Materia medica of Madras volume I
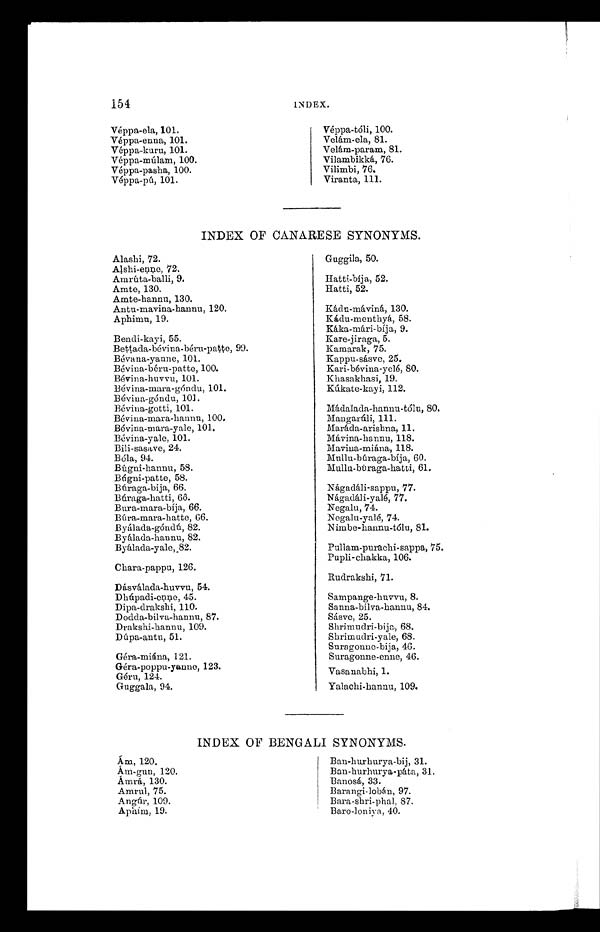
154
INDEX.
Véppa-ela, 101.
Véppa-enna, 101.
Véppa-kuru, 101.
Véppa-múlam, 100.
Véppa-pasha, 100.
Véppa-pú, 101.
Véppa-tóli, 100.
Velám-ela, 81.
Velám-param, 81.
Vilambikká, 76.
Vilimbi, 76.
Viranta, 111.
Ám, 120.
Ám-gun, 120.
Ámrá, 130.
Amrul, 75.
Angúr, 109.
Aphím, 19.
Ban-hurhurya-bij, 31.
Ban-hurhurya-páta, 31.
Banosá, 33.
Barangi-lobán, 97.
Bara-shri-phal, 87.
Baro-loniya, 40.
INDEX OF CANARESE SYNONYMS.
Alashi, 72.
Alshi-enne, 72.
Amr út a - ba l l i , 9.
Amte, 130.
Amte-hannu, 130.
Antu-mavina-hannu, 120.
Aphimu, 19.
Bendi-kayi, 55.
Beţţada-bévina-béru-pa ţţe, 99.
Bévana-yanne, 101.
Bévina-béru-paţţe, 100.
Bévina-huvvu, 101.
Bévina-mara-góndu, 101.
Bévina-góndu, 101.
Bévina-gotti, 101.
Bévina-mara-hannu, 100.
Bévina-mara-yale, 101.
Bévina-ya1e, 101.
Bili-sasave, 24.
Bóla, 94.
Búgni-hannu, 58.
Búgni-patte, 58.
Búraga-bija, 66.
Búraga-hatti, 6ô.
Bura-mara-bíja, 66.
Búra-mara-hatte, 66.
Byálada-góndú, 82.
Byálada-hannu, 82.
Byálada-yale, 82.
Chara-pappu, 126.
Dásválada-huvvu, 54.
Dhúpadi-enne, 45.
Dipa-drakshi, 110.
Dodda-bilva-hannu, 87.
Drakshi-hannu, 109.
Dúpa-antu, 51.
Géra-miána, 121.
Géra-poppu-yanne, 123.
Géru, 124.
Guggala, 94.
Guggila, 50.
Hatti-bíja, 52.
Hatti, 52.
Kádu-máviná, 130.
Kádu-menthyá, 58.
Káka-mári-bíja, 9.
Kare-jiraga, 5.
Kamarak, 75.
Kappu-sásve, 25.
Kari-bévina-yelé, 80.
Khasakhasi, 19.
Kúkate-kayi, 112.
Mádalada-hannu-tólu, 80.
Mangarúli, 111.
Maráda-arishna, 11.
Mávina-hannu, 118.
Mavina-miána, 118.
Mullu-búraga-bíja, 60.
Mullu-búraga-hatti, 61.
Nágadáli-sappu, 77.
Nágadáli-yalé, 77.
Negalu, 74.
Negalu-yalé, 74.
Nimbe-hannu-tólu, 81.
Pullam-purachi-sappa, 75.
Pupli-chakka, 106.
Rudrakshi, 71.
Sampange-huvvu, 8.
Sanna-bilva-hannu, 84.
Sásve, 25.
Shrimudri-bija, 68.
Shrimudri-yale, 68.
Suragonne-bija, 46.
Suragonne-enne, 46.
Vasanabhi, 1.
Yalachi-hannu, 109.
INDEX OF BENGALI SYNONYMS.